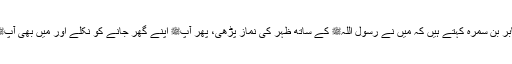
1570: سیدنا جابر بن سمرہؓ کہتے ہیں کہ میں نے رسول اللہﷺ کے ساتھ ظہر کی نماز پڑھی، پھر آپﷺ اپنے گھر جانے کو نکلے اور میں بھی آپﷺ کے ساتھ نکلا۔